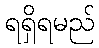
ရရှိရမည်